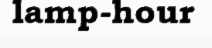
lamp-hour